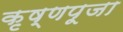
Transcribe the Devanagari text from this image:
कृष्‍णपूजा